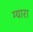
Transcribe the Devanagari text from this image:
ग्यारा